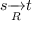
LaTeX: s { \xrightarrow [ { R } ] { } } t